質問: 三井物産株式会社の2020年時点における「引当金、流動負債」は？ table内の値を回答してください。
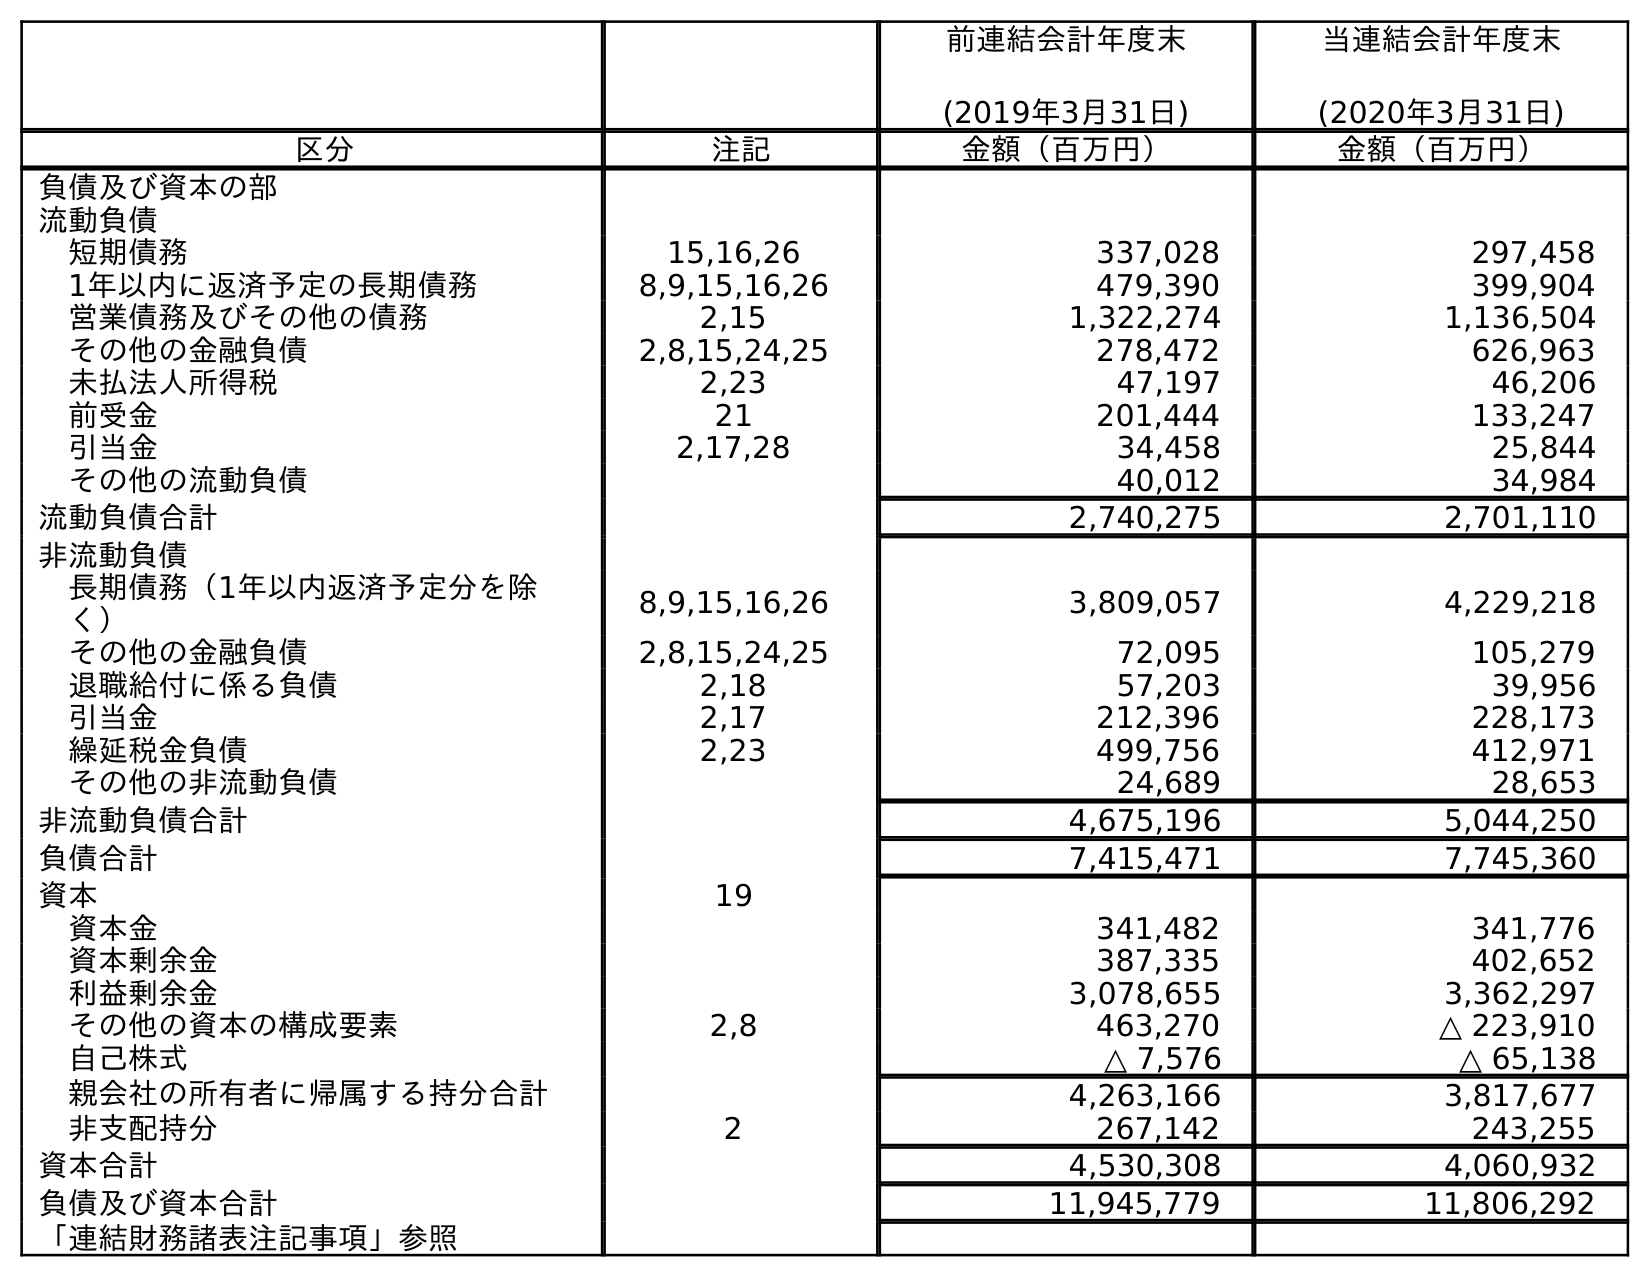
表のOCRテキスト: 前連結会計年度末 (2019年3月31日) 当連結会計年度末 (2020年3月31日) 区分 注記 金額（百万円） 金額（百万円） 負債及び資本の部 流動負債 短期債務 15,16,26 337,028 297,458 1年以内に返済予定の長期債務 8,9,15,16,26 479,390 399,904 営業債務及びその他の債務 2,15 1,322,274 1,136,504 その他の金融負債 2,8,15,24,25 278,472 626,963 未払法人所得税 2,23 47,197 46,206 前受金 21 201,444 133,247 引当金 2,17,28 34,458 25,844 その他の流動負債 40,012 34,984 流動負債合計 2,740,275 2,701,110 非流動負債 長期債務（1年以内返済予定分を除 く） 8,9,15,16,26 3,809,057 4,229,218 その他の金融負債 2,8,15,24,25 72,095 105,279 退職給付に係る負債 2,18 57,203 39,956 引当金 2,17 212,396 228,173 繰延税金負債 2,23 499,756 412,971 その他の非流動負債 24,689 28,653 非流動負債合計 4,675,196 5,044,250 負債合計 7,415,471 7,745,360 資本 19 資本金 341,482 341,776 資本剰余金 387,335 402,652 利益剰余金 3,078,655 3,362,297 その他の資本の構成要素 2,8 463,270 △ 223,910 自己株式 △ 7,576 △ 65,138 親会社の所有者に帰属する持分合計 4,263,166 3,817,677 非支配持分 2 267,142 243,255 資本合計 4,530,308 4,060,932 負債及び資本合計 11,945,779 11,806,292 「連結財務諸表注記事項」参照
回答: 25,844